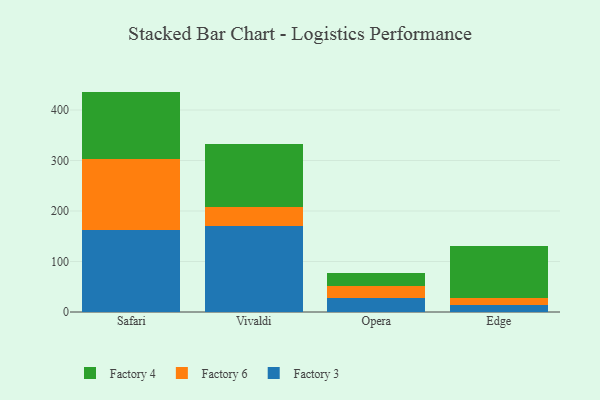
{"axis": {"x": "Browser", "y": "Active Users"}, "legend": ["Factory 3", "Factory 4", "Factory 6"], "data": [{"x": "Safari", "y": 163.0, "type": "Factory 3"}, {"x": "Safari", "y": 139.1, "type": "Factory 6"}, {"x": "Safari", "y": 134.4, "type": "Factory 4"}, {"x": "Vivaldi", "y": 170.9, "type": "Factory 3"}, {"x": "Vivaldi", "y": 36.4, "type": "Factory 6"}, {"x": "Vivaldi", "y": 125.4, "type": "Factory 4"}, {"x": "Opera", "y": 28.1, "type": "Factory 3"}, {"x": "Opera", "y": 23.9, "type": "Factory 6"}, {"x": "Opera", "y": 26.1, "type": "Factory 4"}, {"x": "Edge", "y": 13.1, "type": "Factory 3"}, {"x": "Edge", "y": 15.2, "type": "Factory 6"}, {"x": "Edge", "y": 102.7, "type": "Factory 4"}]}